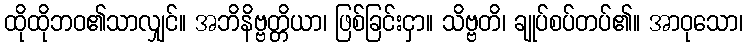
ထိုထိုဘဝ၏သာလျှင်။ အဘိနိဗ္ဗတ္တိယာ၊ ဖြစ်ခြင်းငှာ။ သိဗ္ဗတိ၊ ချုပ်စပ်တပ်၏။ အာဝုသော၊